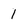
Character: 1